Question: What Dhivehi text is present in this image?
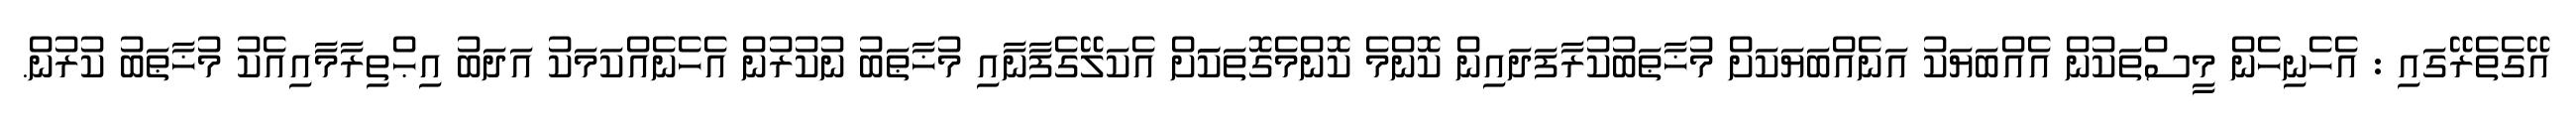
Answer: އޭގެތެރޭގައި : އެހެނިހެން މީސްތަކުން އެއްބަޔަކު އަނެއްބަޔަކަށް މުޚާޠަބުކުރާފަދައިން ކޮންމެ ކޮންމެގޮތަކަަށް އެކަލޭގެފާނާއި މުޚާޠަބު ނުކުރުން އެހެނެއްކަމަކު އަދަބު އިޙްތިރާމާއިއެކު މުޚާޠަބު ކުރުން.